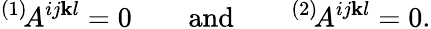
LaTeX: {}^{(1)}\! A^{ij\mathbf{k}l}=0\qquad\mathrm{{and}}\qquad{}^{(2)}\! A^{ij\mathbf{k}l}=0.